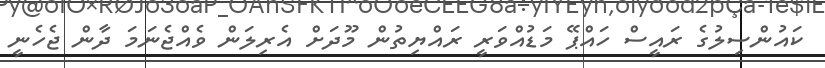
ކައުންސިލުގެ ރައީސް ހައްޕޭ މަޑުއްވަރީ ރައްޔިތުން މޫދަށް އެރިލަން ވެއްޖެނަމަ ދާން ޖެހެނީ